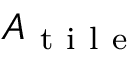
A _ { \mathrm { ~ t ~ i ~ l ~ e ~ } }